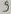
Text: 9